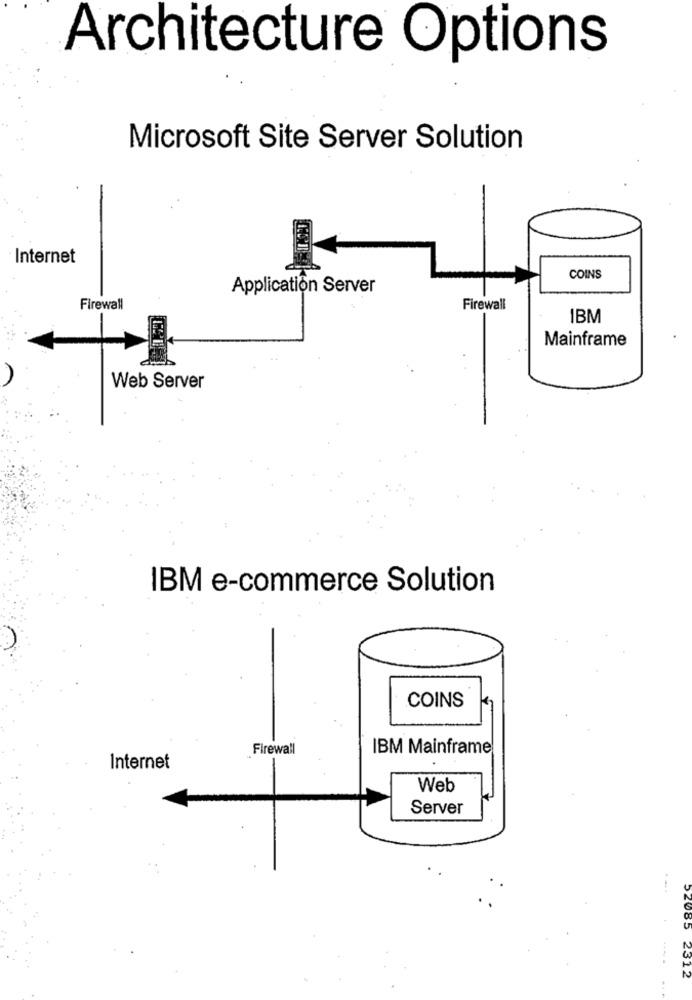
Architecture Options
Microsoft Site Server Solution
Internet
COINS
Application Server
Firewall
Firewall
IBM
Mainframe
Web Server
IBM e-commerce Solution
COINS
Firewall
IBM Mainframe
Internet
Web
Server
.....
52085 2312
2312